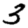
Digit: 3